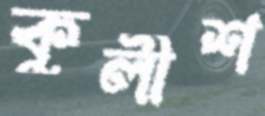
কুলীশ